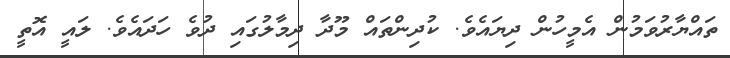
ތައްޔާރުވަމުން އެމީހުން ދިޔައެވެ. ކުދިންތައް މޫދާ ދިމާލުގައި ދުވެ ހަދައެވެ. ލައީ އޮތީ